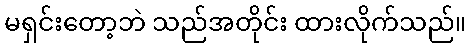
မရှင်းတော့ဘဲ သည်အတိုင်း ထားလိုက်သည်။